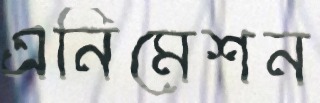
এনিমেশন